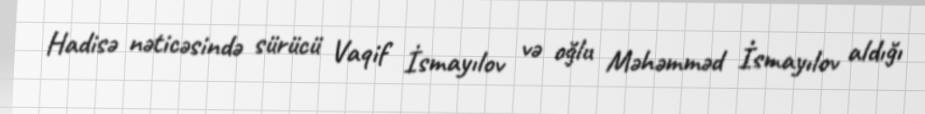
Hadisə nəticəsində sürücü Vaqif İsmayılov və oğlu Məhəmməd İsmayılov aldığı